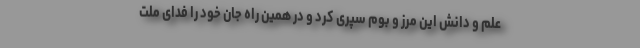
علم و دانش این مرز و بوم سپری کرد و در همین راه جان خود را فدای ملت